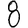
Digit: 8